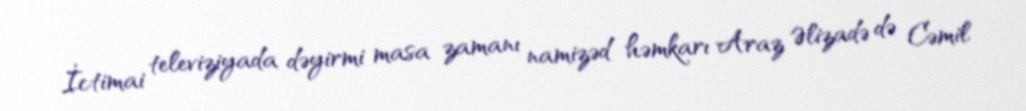
İctimai televiziyada dəyirmi masa zamanı namizəd həmkarı Araz Əlizadə də Cəmil